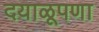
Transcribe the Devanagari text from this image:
दयाळूपणा